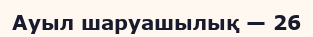
Ауыл шаруашылық — 26